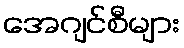
အေဂျင်စီများ